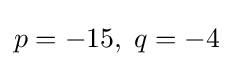
p=-15,\;q=-4